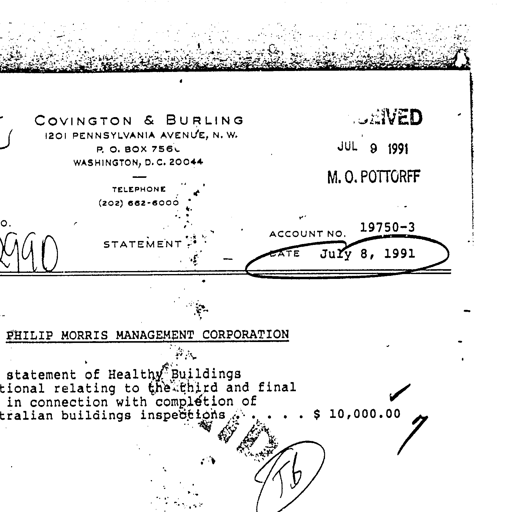
COVINGTON & BURLING RECEIVED
1201 PENNSYLVANIA AVENUE, N. W.
P. O. BOX 756L JUL 9 1991
WASHINGTON, D. C. 20044
M. O. POTTORFF
TELEPHONE
(202) 662-6000
19750-3
ACCOUNT NO.
990 STATEMENT DATE July 8, 1991
PHILIP MORRIS MANAGEMENT CORPORATION
statement of Healthy Buildings
relating to the third and final
in connection with completion of
tralian buildings inspections . . . . $ 10,000.00
PAID
TB